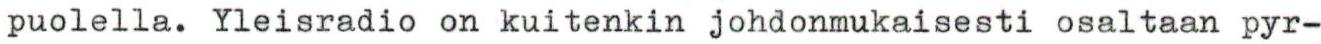
puolella. Yleisradio on kuitenkin johdonmukaisesti osaltaan pyr-